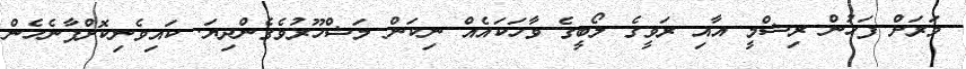
ވަރަށް ފަހުން ރިޝްމީ އާއި ރަވީގެ ލޯބީގެ ވާހަކައެއް ނިކަން މަޝްހޫރުވެގެންދިޔަ. ކައިވެނިކޮށްފާނެހެން